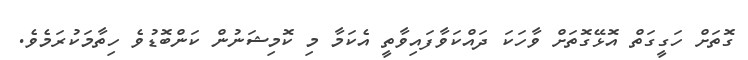
ގޮތަށް ހަގީގަތް އޮޅޭގޮތަށް ވާހަކަ ދައްކަވާފައިވާތީ އެކަމާ މި ކޮމިޝަނުން ކަންބޮޑުވެ ހިތާމަކުރަމެވެ.